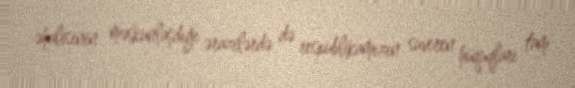
əhalisinin məskunlaşdığı ərazilərdə də respublikamızın suveren hüquqları tam